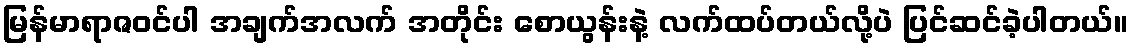
မြန်မာရာဇဝင်ပါ အချက်အလက် အတိုင်း စောယွန်းနဲ့ လက်ထပ်တယ်လို့ပဲ ပြင်ဆင်ခဲ့ပါတယ်။